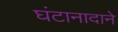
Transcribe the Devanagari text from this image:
घंटानादाने